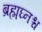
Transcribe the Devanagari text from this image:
ब्रह्मघ्नश्च